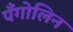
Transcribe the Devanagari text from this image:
पँगोलिन